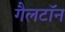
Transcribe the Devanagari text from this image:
गैलटॉन